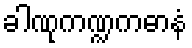
ခါဏုကဏ္ဍကဓာနံ